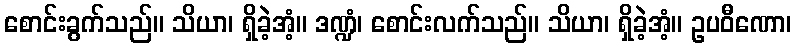
စောင်းခွက်သည်။ သိယာ၊ ရှိခဲ့အံ့။ ဒဏ္ဍံ၊ စောင်းလက်သည်။ သိယာ၊ ရှိခဲ့အံ့။ ဥပဝီဏော၊